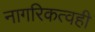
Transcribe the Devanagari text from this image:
नागरिकत्वही